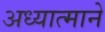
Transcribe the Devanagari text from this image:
अध्यात्माने